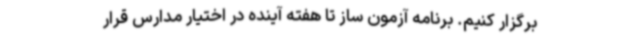
برگزار کنیم. برنامه آزمون ساز تا هفته آینده در اختیار مدارس قرار